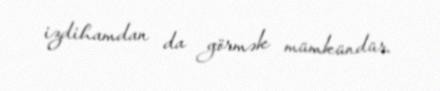
izdihamdan da görmək mümkündür.